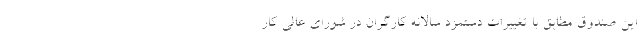
این صندوق مطابق با تغییرات دستمزد سالانه کارگران در شورای عالی کار